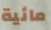
مائية